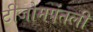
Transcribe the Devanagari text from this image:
टीजोमपंतली